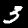
Digit: 3